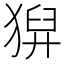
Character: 𤠈